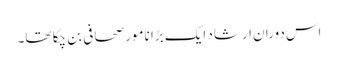
اس دوران ارشاد ایک بڑا نامور صحافی بن چکا تھا۔